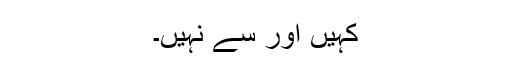
کہیں اور سے نہیں۔